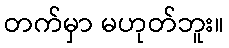
တက်မှာ မဟုတ်ဘူး။